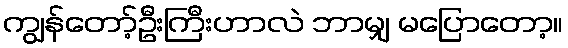
ကျွန်တော့်ဦးကြီးဟာလဲ ဘာမျှ မပြောတော့။